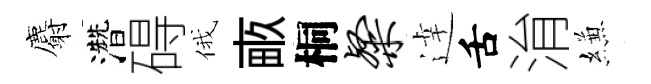
麝濳碍俄畞桐粲逹舌㳙縑